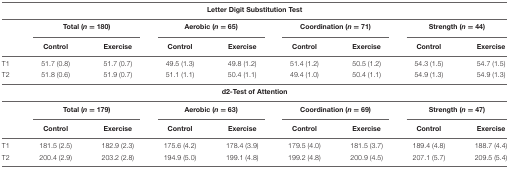
| <COLSPAN=9> Letter Digit Substitution Test |
 |  | <COLSPAN=2> Total (n = 180) | <COLSPAN=2> Aerobic (n = 65) | <COLSPAN=2> Coordination (n = 71) | <COLSPAN=2> Strength (n = 44) |
 |  | Control | Exercise | Control | Exercise | Control | Exercise | Control | Exercise |
 | --- | --- | --- | --- | --- | --- | --- | --- | --- |
 | T1 | 51.7 (0.8) | 51.7 (0.7) | 49.5 (1.3) | 49.8 (1.2) | 51.4 (1.2) | 50.5 (1.2) | 54.3 (1.5) | 54.7 (1.5) |
 | T2 | 51.8 (0.6) | 51.9 (0.7) | 51.1 (1.1) | 50.4 (1.1) | 49.4 (1.0) | 50.4 (1.1) | 54.9 (1.3) | 54.9 (1.3) |
 | <COLSPAN=9> d2-Test of Attention |
 |  | <COLSPAN=2> Total (n = 179) | <COLSPAN=2> Aerobic (n = 63) | <COLSPAN=2> Coordination (n = 69) | <COLSPAN=2> Strength (n = 47) |
 |  | Control | Exercise | Control | Exercise | Control | Exercise | Control | Exercise |
 | T1 | 181.5 (2.5) | 182.9 (2.3) | 175.6 (4.2) | 178.4 (3.9) | 179.5 (4.0) | 181.5 (3.7) | 189.4 (4.8) | 188.7 (4.4) |
 | T2 | 200.4 (2.9) | 203.2 (2.8) | 194.9 (5.0) | 199.1 (4.8) | 199.2 (4.8) | 200.9 (4.5) | 207.1 (5.7) | 209.5 (5.4) |